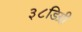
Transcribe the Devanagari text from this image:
३८डिग्री